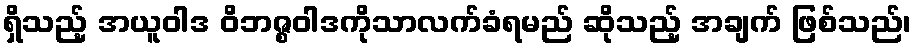
ရှိသည့် အယူဝါဒ ဝိဘဇ္စဝါဒကိုသာလက်ခံရမည် ဆိုသည့် အချက် ဖြစ်သည်၊